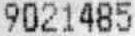
9021485